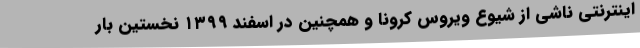
اینترنتی ناشی از شیوع ویروس کرونا و همچنین در اسفند ۱۳۹۹ نخستین بار